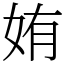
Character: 姷